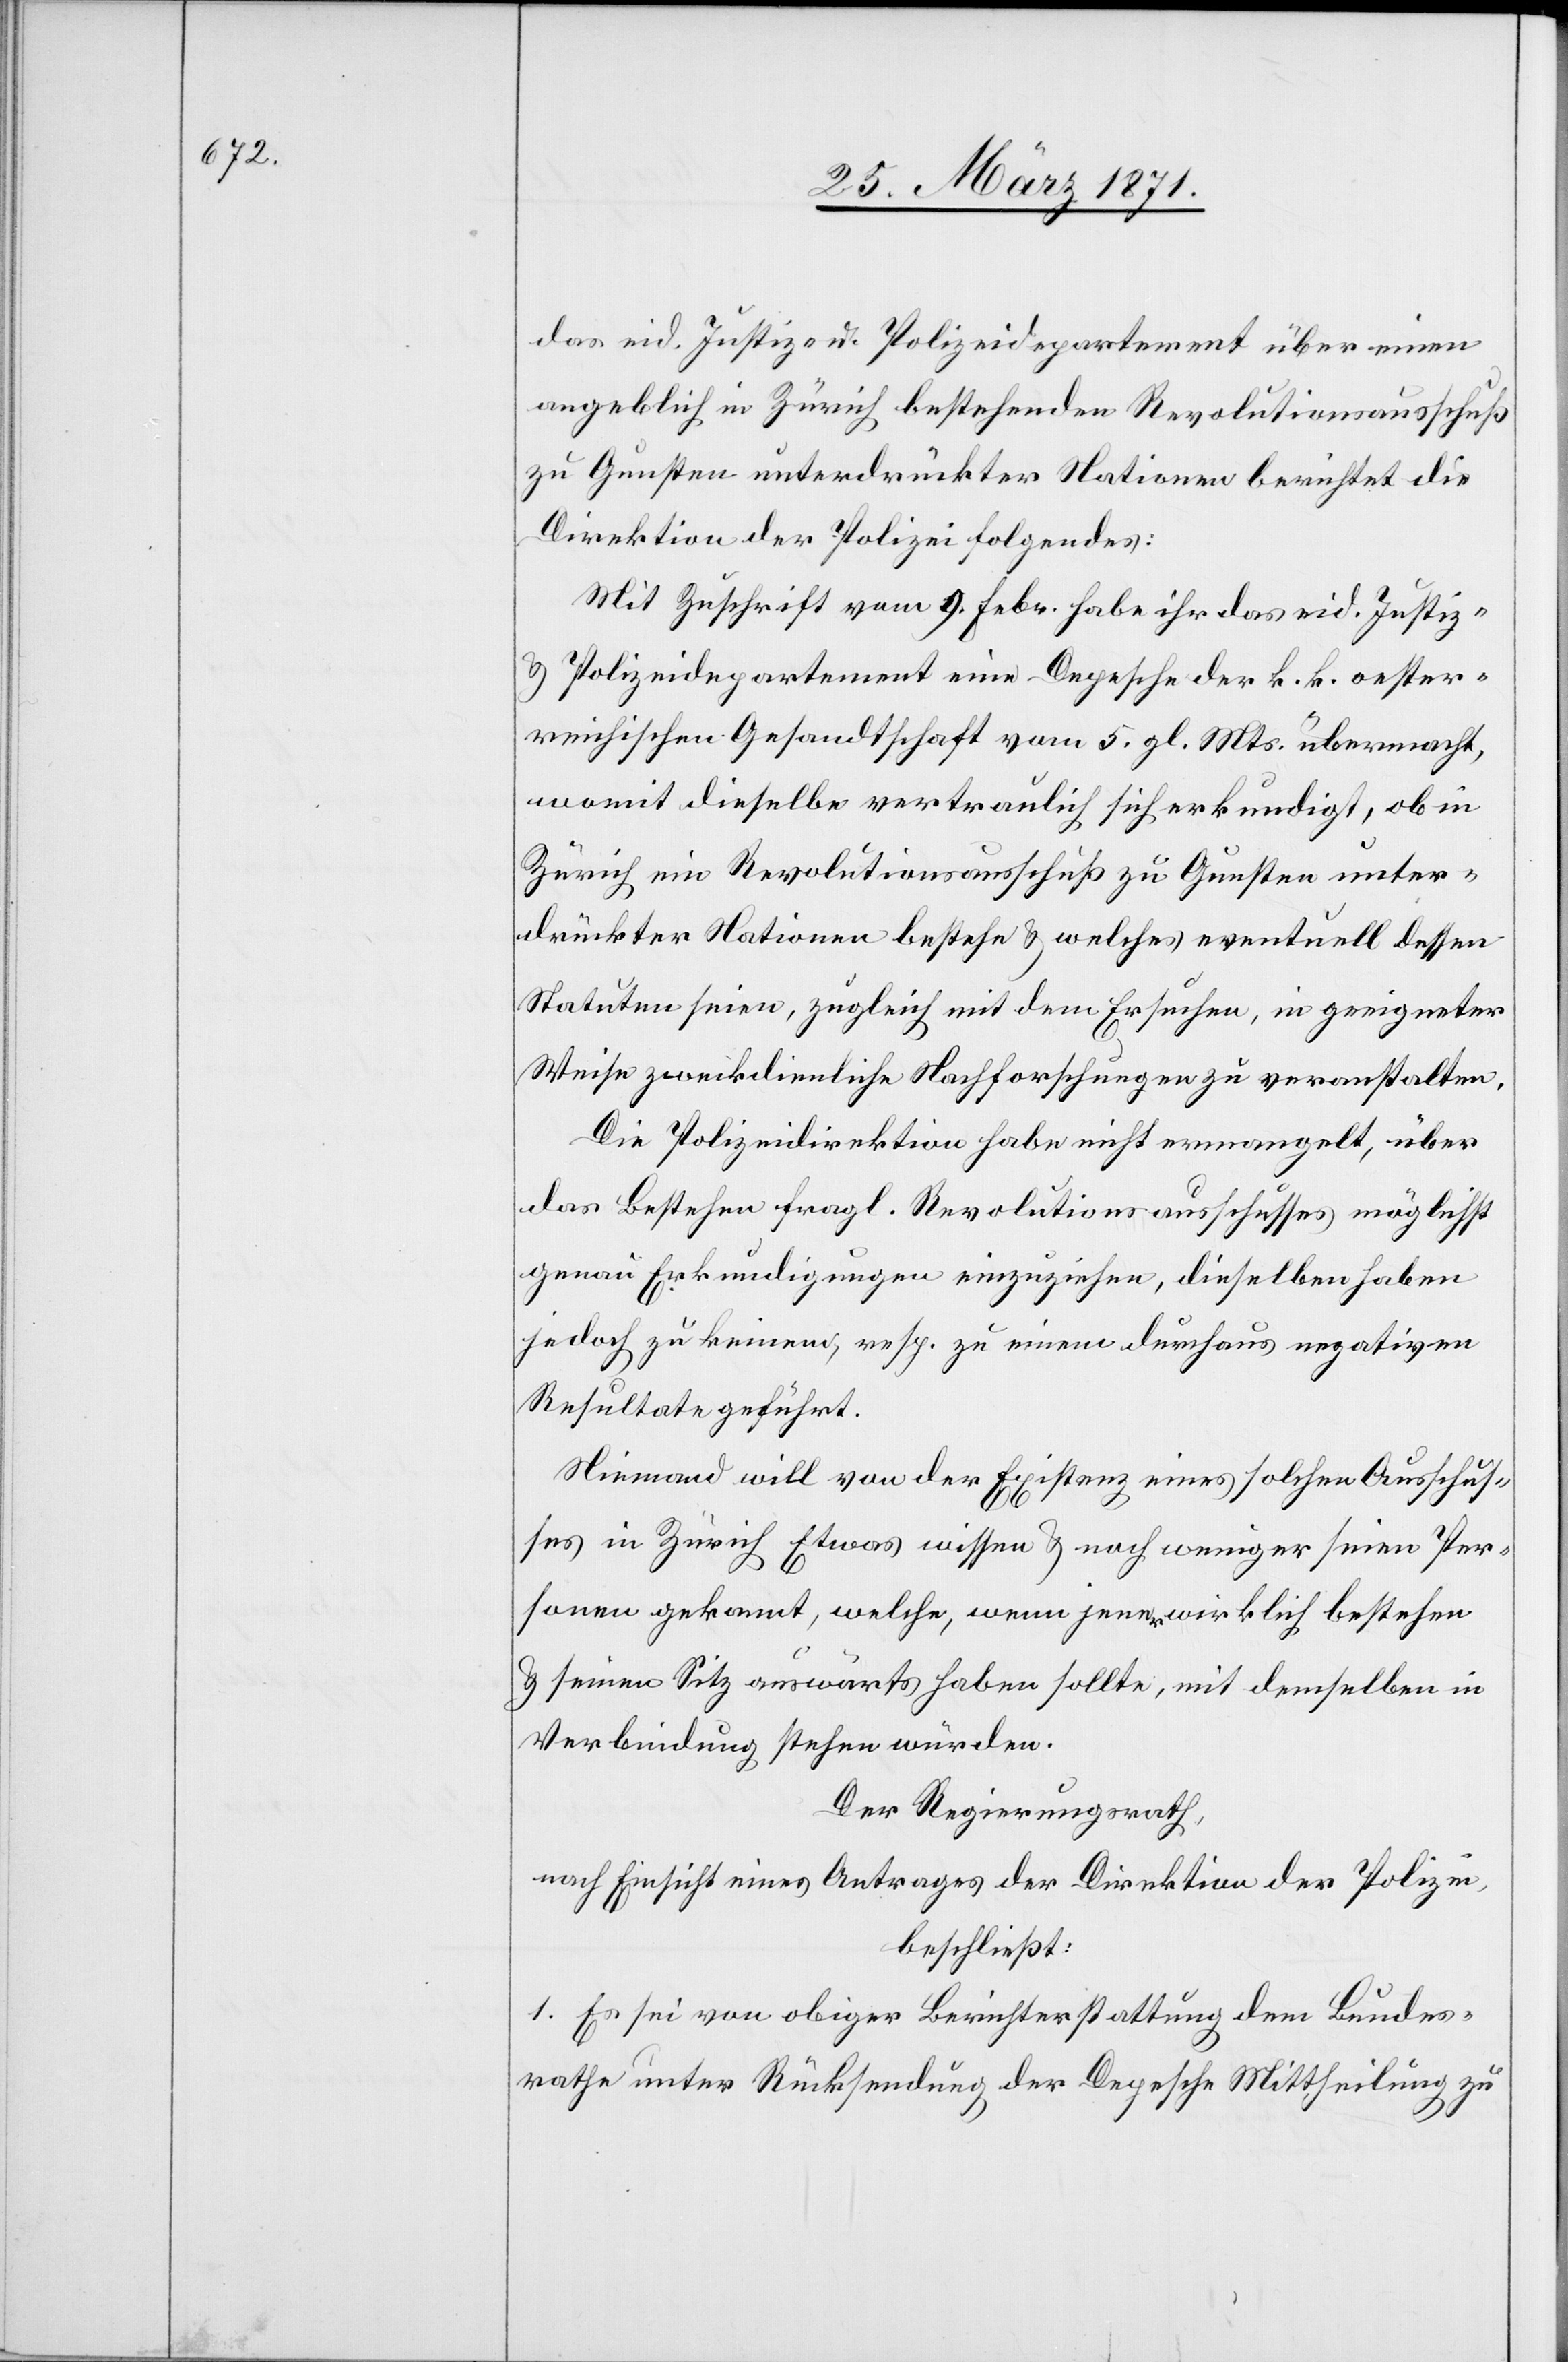
das eid. Justiz- u. Polizeidepartement über einen
angeblich in Zürich bestehenden Revolutionsausschuß
zu Gunsten unterdrückter Nationen berichtete die
Direktion der Polizei Folgendes:
Mit Zuschrift vom 9. Febr. habe ihr das eid. Justiz-
u. Polizeidepartement eine Depesche der k. k. oester¬
reichischen Gesandtschaft vom 5. gl. Mts. übermacht,
womit dieselbe vertraulich sich erkundigt, ob in
Zürich ein Revolutionsausschuß zu Gunsten unter¬
drückter Nationen bestehe u. welches eventuell dessen
Statuten seien, zugleich mit dem Ersuchen, in geeigneter
Weise zweckdienliche Nachforschungen zu veranstalten.
Die Polizeidirektion habe nicht ermangelt, über
das Bestehen fragl. Revolutionsausschusses möglichst
genau Erkundigungen einzuziehen, dieselben haben
jedoch zu keinem, resp. zu einem durchaus negativen
Resultate geführt.
Niemand will von der Existenz eines solchen Ausschus¬
ses in Zürich Etwas wissen u. noch weniger seien Per¬
sonen gekannt, welche, wenn jener wirklich bestehen
u. seinen Sitz auswärts haben sollte, mit demselben in
Verbindung stehen würden.
Der Regierungsrath,
nach Einsicht eines Antrages der Direktion der Polizei,
beschließt:
1. Es sei von obiger Berichterstattung dem Bundes¬
rathe unter Rücksendung der Depesche Mittheilung zu